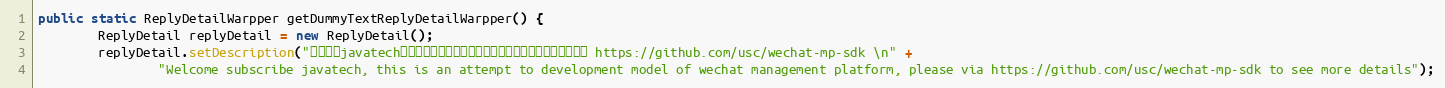
Language: Java
public static ReplyDetailWarpper getDummyTextReplyDetailWarpper() {
        ReplyDetail replyDetail = new ReplyDetail();
        replyDetail.setDescription("欢迎订阅javatech，这是微信公众平台开发模式的一个尝试，更多详情请见 https://github.com/usc/wechat-mp-sdk \n" +
                "Welcome subscribe javatech, this is an attempt to development model of wechat management platform, please via https://github.com/usc/wechat-mp-sdk to see more details");